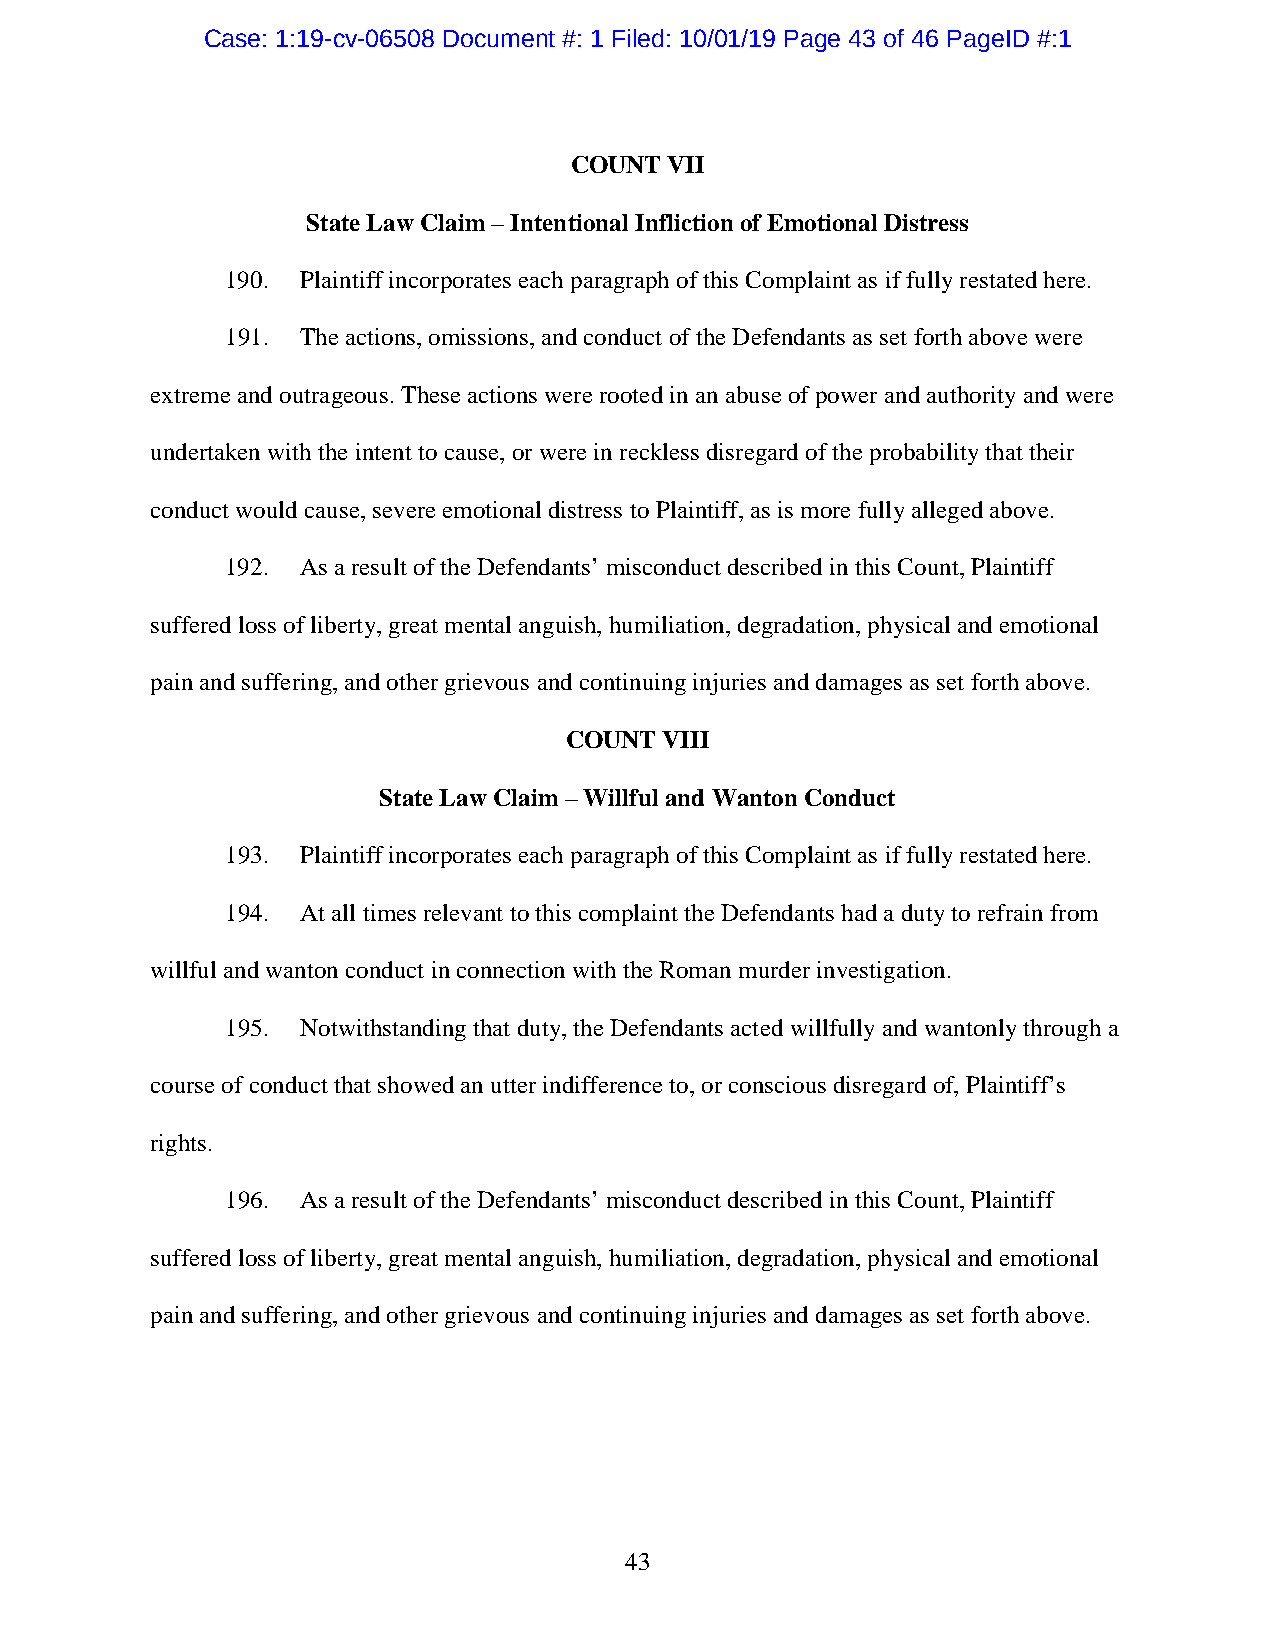
Case: 1:19-cv-06508 Document #: 1 Filed: 10/01/19 Page 43 of 46 PageID #:1
 COUNT VII
 State Law Claim – Intentional Infliction of Emotional Distress
 190. Plaintiff incorporates each paragraph of this Complaint as if fully restated here.
 191. The actions, omissions, and conduct of the Defendants as set forth above were
 extreme and outrageous. These actions were rooted in an abuse of power and authority and were
 undertaken with the intent to cause, or were in reckless disregard of the probability that their
 conduct would cause, severe emotional distress to Plaintiff, as is more fully alleged above.
 192. As a result of the Defendants’ misconduct described in this Count, Plaintiff
 suffered loss of liberty, great mental anguish, humiliation, degradation, physical and emotional
 pain and suffering, and other grievous and continuing injuries and damages as set forth above.
 COUNT  VIII
 State Law Claim – Willful and Wanton Conduct
 193. Plaintiff incorporates each paragraph of this Complaint as if fully restated here.
 194. At all times relevant to this complaint the Defendants had a duty to refrain from
 willful and wanton conduct in connection with the Roman murder investigation.
 195. Notwithstanding that duty, the Defendants acted willfully and wantonly through a
 course of conduct that showed an utter indifference to, or conscious disregard of, Plaintiff’s
 rights.
 196. As a result of the Defendants’ misconduct described in this Count, Plaintiff
 suffered loss of liberty, great mental anguish, humiliation, degradation, physical and emotional
 pain and suffering, and other grievous and continuing injuries and damages as set forth above.
 43